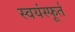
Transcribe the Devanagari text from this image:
स्वयंस्फूर्त